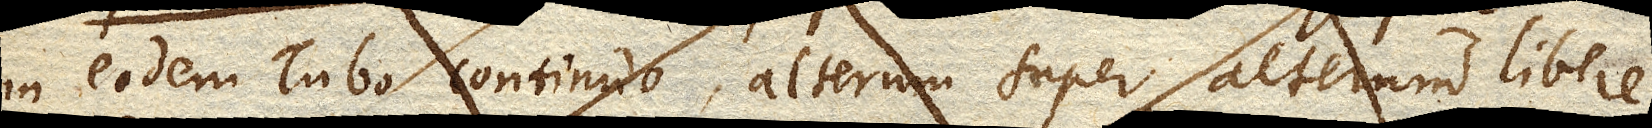
in eodem Tubo continuo, alterum super alterum libere